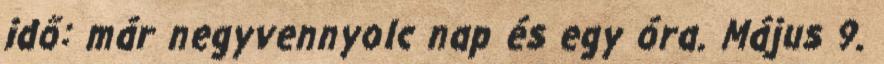
idő: már negyvennyolc nap és egy óra. Május 9.